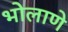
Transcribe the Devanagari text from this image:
भोलाणे